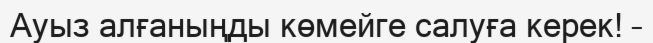
Ауыз алғаныңды көмейге салуға керек! –